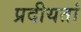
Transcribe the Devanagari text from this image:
प्रदीयतां